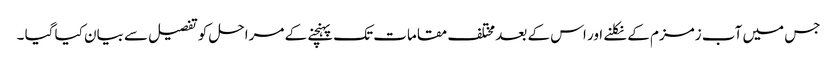
جس میں آب زمزم کے نکلنے اور اس کے بعد مختلف مقامات تک پہنچنے کے مراحل کو تفصیل سے بیان کیا گیا ۔